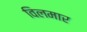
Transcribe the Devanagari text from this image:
विलमार